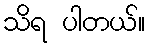
သိရ ပါတယ်။